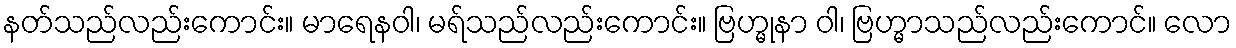
နတ်သည်လည်းကောင်း။ မာရေနဝါ၊ မရ်သည်လည်းကောင်း။ ဗြဟ္မုနာ ဝါ၊ ဗြဟ္မာသည်လည်းကောင်။ လော